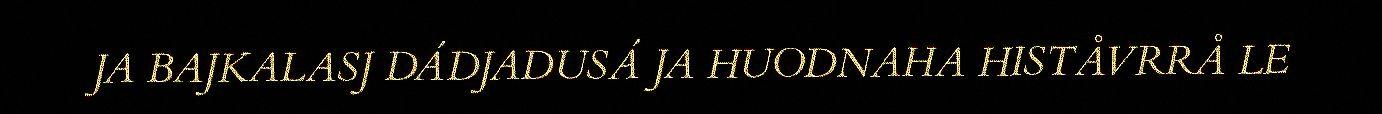
JA BAJKALASJ DÁDJADUSÁ JA HUODNAHA HISTÅVRRÅ LE